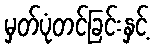
မှတ်ပုံတင်ခြင်းနှင့်